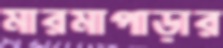
মারমাপাড়ার